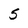
Character: S